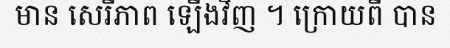
មាន សេរីភាព ឡើងវិញ ។ ក្រោយពី បាន